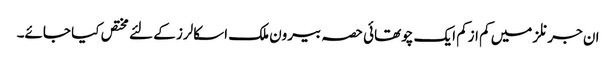
ان جرنلز میں کم ازکم ایک چوتھائی حصہ بیرون ملک اسکالرز کے لئے مختص کیا جائے۔